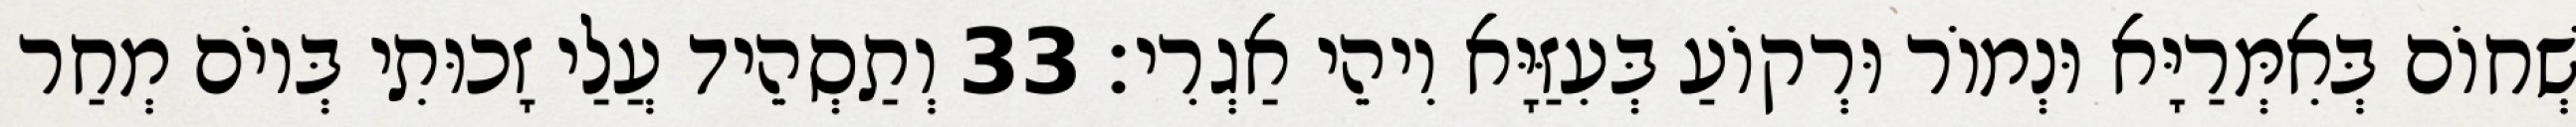
שְׁחוֹם בְּאִמְּרַיָּא וּנְמוֹר וּרְקוֹעַ בְּעִזַּיָּא וִיהֵי אַגְרִי׃ 33 וְתַסְהֵיד עֲלַי זָכוּתִי בְּיוֹם מְחַר